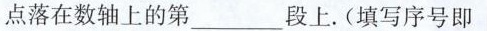
点落在数轴上的第___段上.(填写序号即